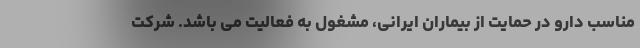
مناسب دارو در حمایت از بیماران ایرانی، مشغول به فعالیت می باشد. شرکت